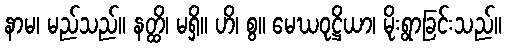
နာမ၊ မည်သည်။ နတ္ထိ၊ မရှိ။ ဟိ၊ စွ။ မေဃဝုဋ္ဌိယာ၊ မိုးရွာခြင်းသည်။